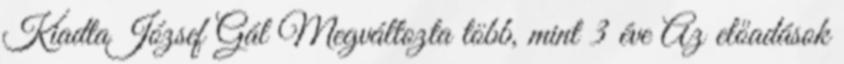
KiadtaJózsef Gál Megváltozta több, mint 3 éve Az előadások